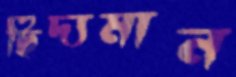
ছিদ্যমান